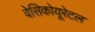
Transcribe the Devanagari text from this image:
वेसिकोयूरेटल